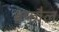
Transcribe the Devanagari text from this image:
बफौल